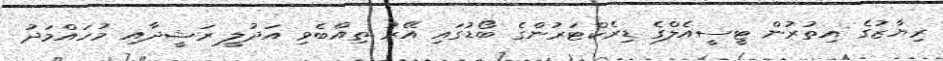
ރިޔާޒުގެ އިތުރުން ޓީސީއެލްގެ ޑިރެކްޓަރުންގެ ބޯޑުގައި އޭރު ތިއްބެވި އަދުލީ ރަޝީދާއި މުހައްމަދު